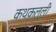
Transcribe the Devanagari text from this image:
कथकल्ली